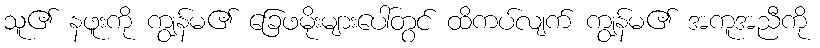
သူ၏ နဖူးကို ကျွန်မ၏ ခြေဖမိုးများပေါ်တွင် ထိကပ်လျက် ကျွန်မ၏ အကူအညီကို